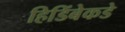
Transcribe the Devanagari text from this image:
हिडिंबेकडे